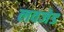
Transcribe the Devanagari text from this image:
लवजेड